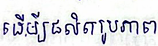
ដើម្បីផលិតរូបភាព